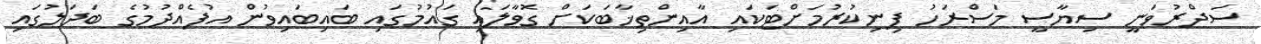
ސަދްރުވަނީ ސިޔާސީ މަސްރަހު ފިނިކުރުމަށްޓަކައި އާއިންތިޚާބަކަށް ގޮވާލައި ގައުމުގައި ބައިބައިވުން އުފެއްދުމުގެ ބަދަލުގައި